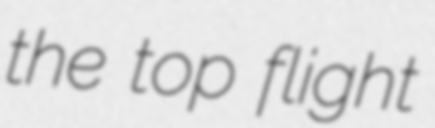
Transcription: the top flight